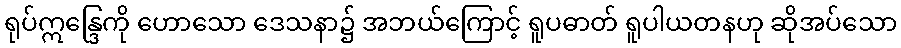
ရုပ်ဣန္ဒြေကို ဟောသော ဒေသနာ၌ အဘယ်ကြောင့် ရူပဓာတ် ရူပါယတနဟု ဆိုအပ်သော